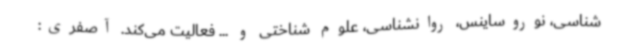
شناسی، نوروساینس، روانشناسی، علوم شناختی و ... فعالیت می‌کند. آصفری: